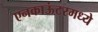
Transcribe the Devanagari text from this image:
एनकाऊंटरमध्ये